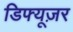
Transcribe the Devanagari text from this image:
डिफ्यूज़र